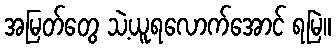
အမြတ်တွေ သဲ့ယူရလောက်အောင် ရမြဲ။